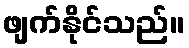
ဖျက်နိုင်သည်။